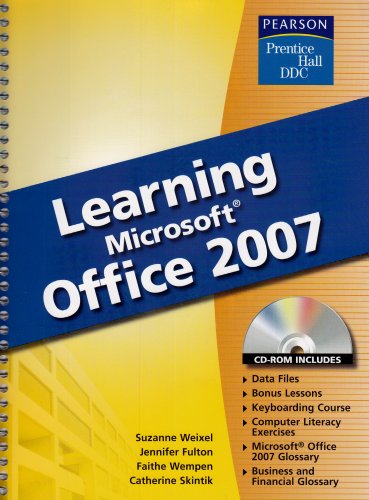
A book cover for Learning Microsoft Office 2007 (Prentice Hall DDC); Suzanne Weixel; Teen & Young Adult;